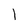
Character: 1